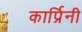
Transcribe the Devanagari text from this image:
कार्प्रिनी